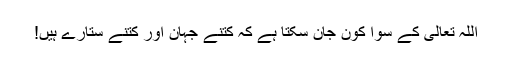
اللہ تعالیٰ کے سوا کون جان سکتا ہے کہ کتنے جہان اور کتنے ستارے ہیں!